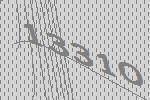
13310